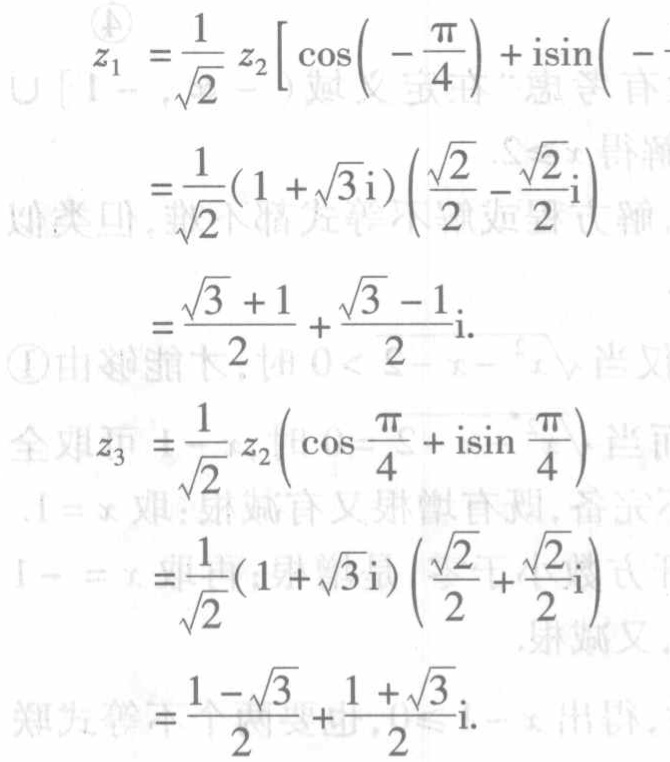
\[

\begin{align*}

z_1&=\frac{1}{\sqrt{2}}z_2\left[\cos\left(-\frac{\pi}{4}\right) + i\sin\left(-\frac{\pi}{4}\right)\right]\\

&=\frac{1}{\sqrt{2}}(1 + \sqrt{3}i)\left(\frac{\sqrt{2}}{2}-\frac{\sqrt{2}}{2}i\right)\\

&=\frac{\sqrt{3} + 1}{2}+\frac{\sqrt{3} - 1}{2}i.\\

z_3&=\frac{1}{\sqrt{2}}z_2\left(\cos\frac{\pi}{4}+i\sin\frac{\pi}{4}\right)\\

&=\frac{1}{\sqrt{2}}(1 + \sqrt{3}i)\left(\frac{\sqrt{2}}{2}+\frac{\sqrt{2}}{2}i\right)\\

&=\frac{1 - \sqrt{3}}{2}+\frac{1 + \sqrt{3}}{2}i.

\end{align*}

\]